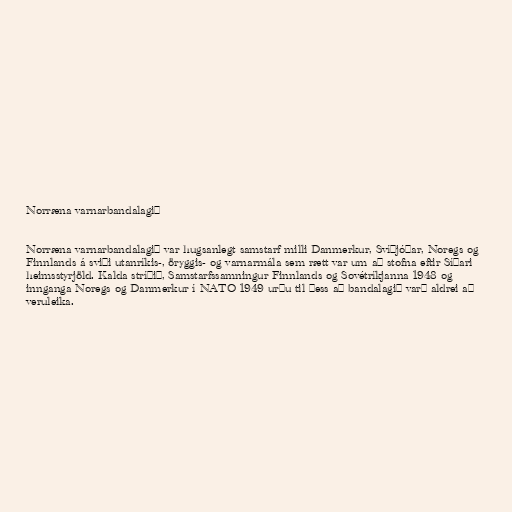
Norræna varnarbandalagið

Norræna varnarbandalagið var hugsanlegt samstarf milli Danmerkur, Svíþjóðar, Noregs og
Finnlands á sviði utanríkis-, öryggis- og varnarmála sem rætt var um að stofna eftir Síðari
heimsstyrjöld. Kalda stríðið, Samstarfssamningur Finnlands og Sovétríkjanna 1948 og
innganga Noregs og Danmerkur í NATO 1949 urðu til þess að bandalagið varð aldrei að
veruleika.